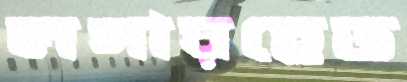
লগারহেড